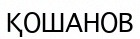
ҚОШАНОВ